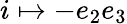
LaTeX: i\mapsto-e_{2}e_{3}